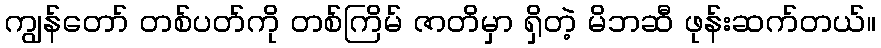
ကျွန်တော် တစ်ပတ်ကို တစ်ကြိမ် ဇာတိမှာ ရှိတဲ့ မိဘဆီ ဖုန်းဆက်တယ်။